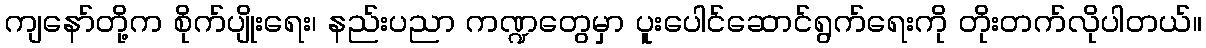
ကျနော်တို့က စိုက်ပျိုးရေး၊ နည်းပညာ ကဏ္ဍတွေမှာ ပူးပေါင်ဆောင်ရွက်ရေးကို တိုးတက်လိုပါတယ်။